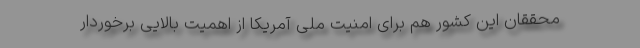
محققان این کشور هم برای امنیت ملی آمریکا از اهمیت بالایی برخوردار